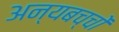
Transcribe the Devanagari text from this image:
अन्यबच्चों